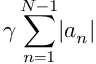
\gamma \sum _ { n = 1 } ^ { N - 1 } \lvert a _ { n } \rvert